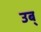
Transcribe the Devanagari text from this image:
उब्